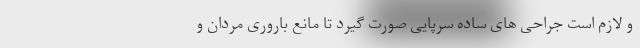
و لازم است جراحی های ساده سرپایی صورت گیرد تا مانع باروری مردان و